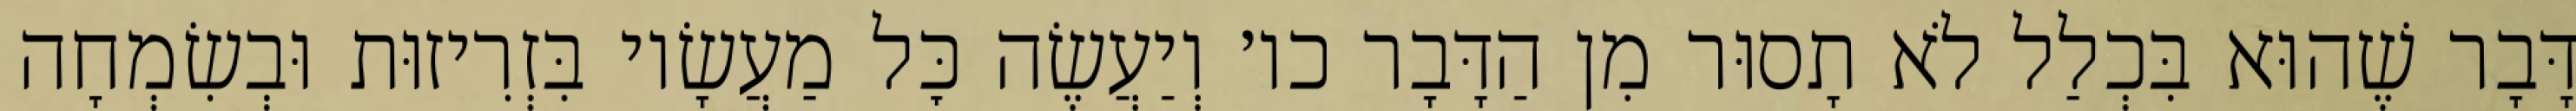
דָּבָר שֶׁהוּא בִּכְלַל לֹא תָסוּר מִן הַדָּבָר כו׳ וְיַעֲשֶׂה כׇּל מַעֲשָׂיו בִּזְרִיזוּת וּבְשִׂמְחָה